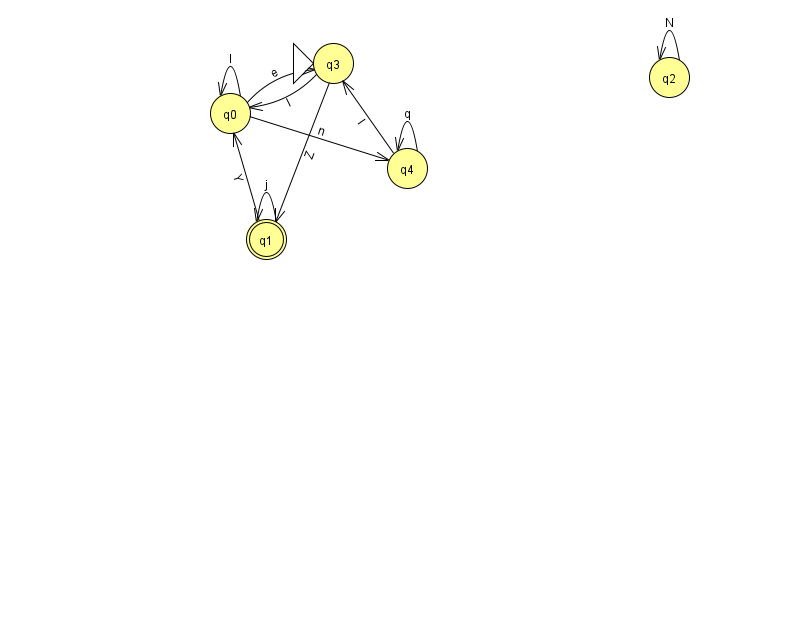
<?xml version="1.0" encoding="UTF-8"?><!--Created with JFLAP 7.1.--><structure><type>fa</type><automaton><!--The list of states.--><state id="0" name="q0"><x>230.0</x><y>100.0</y></state><state id="1" name="q1"><x>266.0</x><y>226.0</y><final/></state><state id="2" name="q2"><x>669.0</x><y>64.0</y></state><state id="3" name="q3"><x>333.0</x><y>50.0</y><initial/></state><state id="4" name="q4"><x>407.0</x><y>155.0</y></state><!--The list of transitions.--><transition><from>0</from><to>3</to><read>e</read></transition><transition><from>4</from><to>4</to><read>q</read></transition><transition><from>1</from><to>0</to><read>Y</read></transition><transition><from>3</from><to>1</to><read>Z</read></transition><transition><from>4</from><to>3</to><read>I</read></transition><transition><from>0</from><to>4</to><read>n</read></transition><transition><from>0</from><to>0</to><read>I</read></transition><transition><from>1</from><to>1</to><read>j</read></transition><transition><from>3</from><to>0</to><read>I</read></transition><transition><from>2</from><to>2</to><read>N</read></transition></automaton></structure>